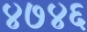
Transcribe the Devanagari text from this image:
४७४६